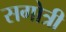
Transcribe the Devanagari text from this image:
सगोत्री